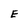
Character: E